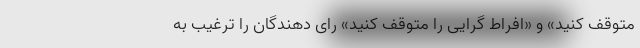
متوقف کنید» و «افراط گرایی را متوقف کنید» رای دهندگان را ترغیب به